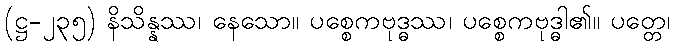
(ဋ္ဌ-၂၃၅) နိသိန္နဿ၊ နေသော။ ပစ္စေကဗုဒ္ဓဿ၊ ပစ္စေကဗုဒ္ဓါ၏။ ပတ္တေ၊